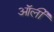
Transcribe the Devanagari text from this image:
ऑर्ली